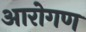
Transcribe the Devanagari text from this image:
आरोगण